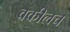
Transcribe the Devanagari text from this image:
वकीलच